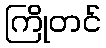
ကြိုတင်